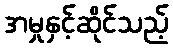
အမှုနှင့်ဆိုင်သည့်